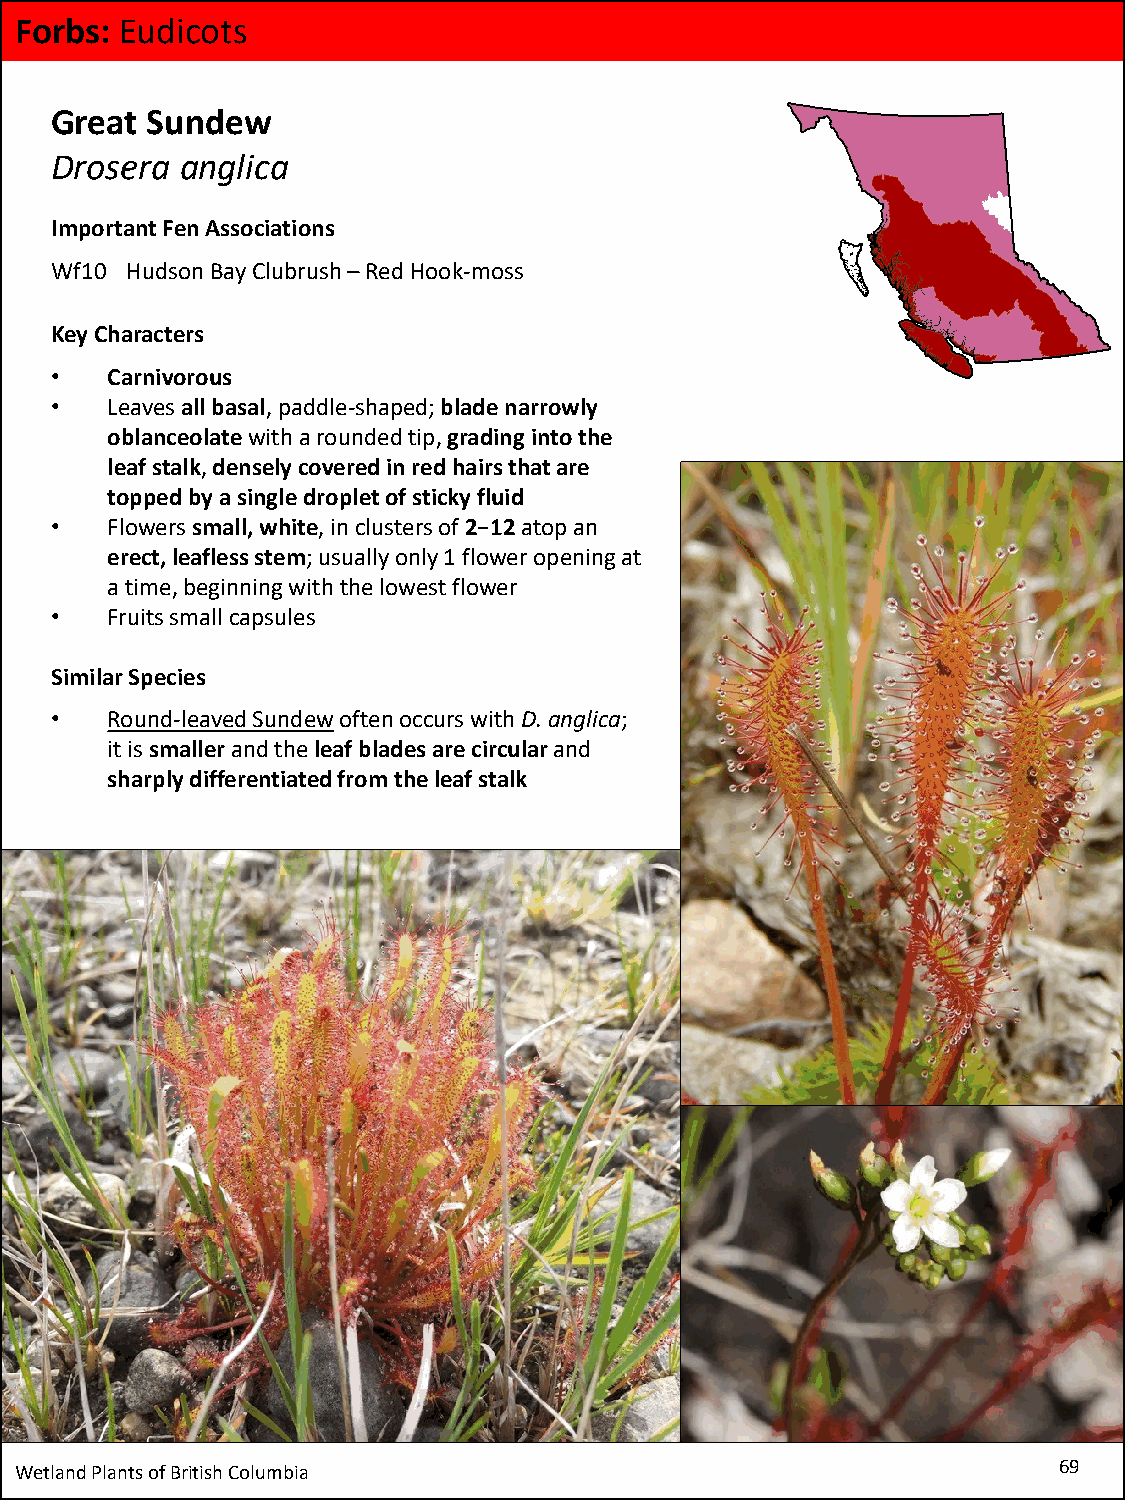
Forbs: Eudicots
 Great  Sundew
 Drosera  anglica
 Important Fen Associations
 Wf10 Hudson Bay Clubrush–Red Hook-moss
 Key Characters
 •   Carnivorous
 •   Leaves all basal, paddle-shaped; blade narrowly
 oblanceolatewith a rounded tip, grading into the
 leaf stalk, densely covered in red hairs that are
 topped by a single droplet of sticky fluid
 •   Flowers small, white, in clusters of 2−12atop an
 erect, leafless stem; usually only 1 flower opening at
 a time, beginning with the lowest flower
 •   Fruits small capsules
 Similar Species
 •   Round-leaved Sundewoften occurs with D. anglica;
 it is smaller and the leaf blades are circular and
 sharply differentiated from the leaf stalk
 Wetland Plants of British Columbia                                   69